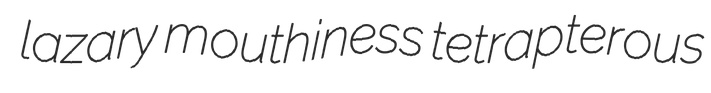
lazary mouthiness tetrapterous